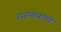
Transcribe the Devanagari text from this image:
उपहासकाव्ये